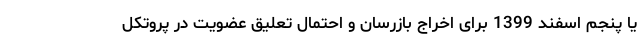
یا پنجم اسفند 1399 برای اخراج بازرسان و احتمال تعلیق عضویت در پروتکل